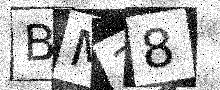
Text: BM38